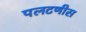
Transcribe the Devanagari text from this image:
पलटणीस